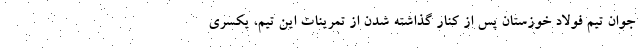
جوان تیم فولاد خوزستان پس از کنار گذاشته شدن از تمرینات این تیم، یکسری